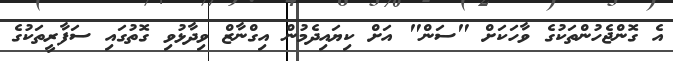
އެ ގޮންޖެހުންތަކުގެ ވާހަކަށް "ސަން" އަށް ކިޔައިދެމުން އިގްނާޒް ވިދާޅުވި ގޮތުގައި ސަފާރީތަކުގެ